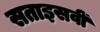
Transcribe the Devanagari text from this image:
सताइसवीं